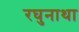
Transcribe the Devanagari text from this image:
रघुनाथा